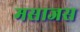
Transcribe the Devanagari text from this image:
मसाजस